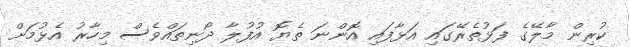
ކުރިން މާލޭގެ ފަޅުތެރޭގައި އަޅާފައި އޮންނަ ތެޔޮ އުފުލާ ދޯނިތައްވެސް މިހާރު އެޅުމަށް